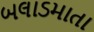
બલાડમાતા